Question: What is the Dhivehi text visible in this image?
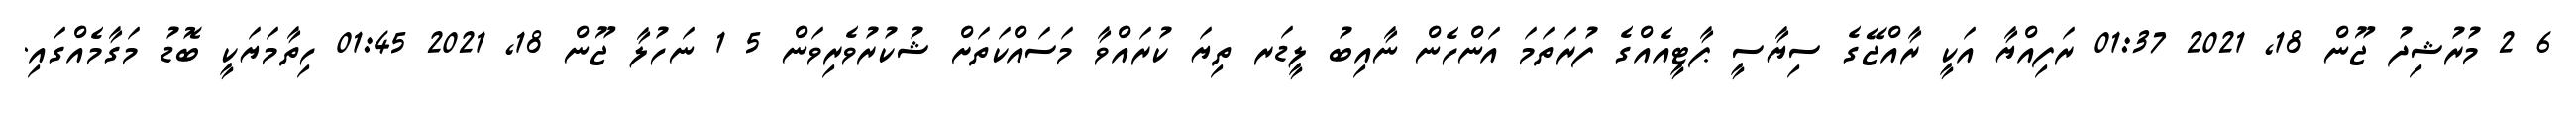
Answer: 6 2 މުރުޝިދު ޖޫން 18, 2021 01:37 ރަފިއްޔާ އަކީ ރާއްޖޭގެ ސިޔާސީ ޕާޓީއެއްގެ ފުރަތަމަ އަންހެން ނާއިބު ލީޑަރ ތިޔަ ކުރައްވާ މަސައްކަތަށް ޝުކުރުވެރިވަން 5 1 ނަހުލާ ޖޫން 18, 2021 01:45 ހިތާމަޔަކީ ބޮޑު މަގާމެއްގައި.